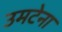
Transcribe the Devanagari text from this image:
उमटेना